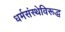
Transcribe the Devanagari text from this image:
धर्मसंस्थेविरूद्ध